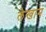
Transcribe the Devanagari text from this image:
लेखान